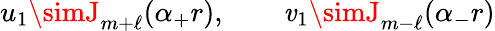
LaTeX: u_{1}\simJ_{m+\ell}(\alpha_{+}r),\qquad\mathit{v}_{1}\simJ_{m-\ell}(\alpha_{-}r)